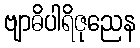
ဗျာဓိပါရိဇုညေန